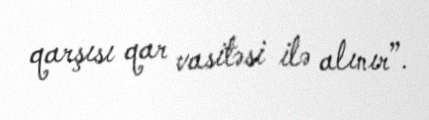
qarşısı qar vasitəsi ilə alınır”.